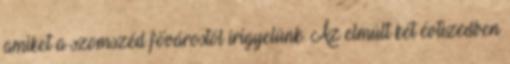
amiket a szomszéd fővárostól irigyelünk. Az elmúlt két évtizedben